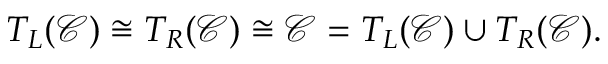
T _ { L } ( { \mathcal { C } } ) \cong T _ { R } ( { \mathcal { C } } ) \cong { \mathcal { C } } = T _ { L } ( { \mathcal { C } } ) \cup T _ { R } ( { \mathcal { C } } ) .